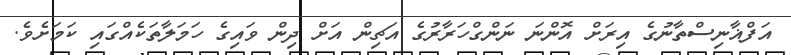
އަފްޣާނިސްތާނުގެ އިރަށް އޮންނަ ނަންގްހަރާރުގެ އަޗިން އަށް ދިން ވައިގެ ހަމަލާތަކެއްގައި ކަމަށެވެ.